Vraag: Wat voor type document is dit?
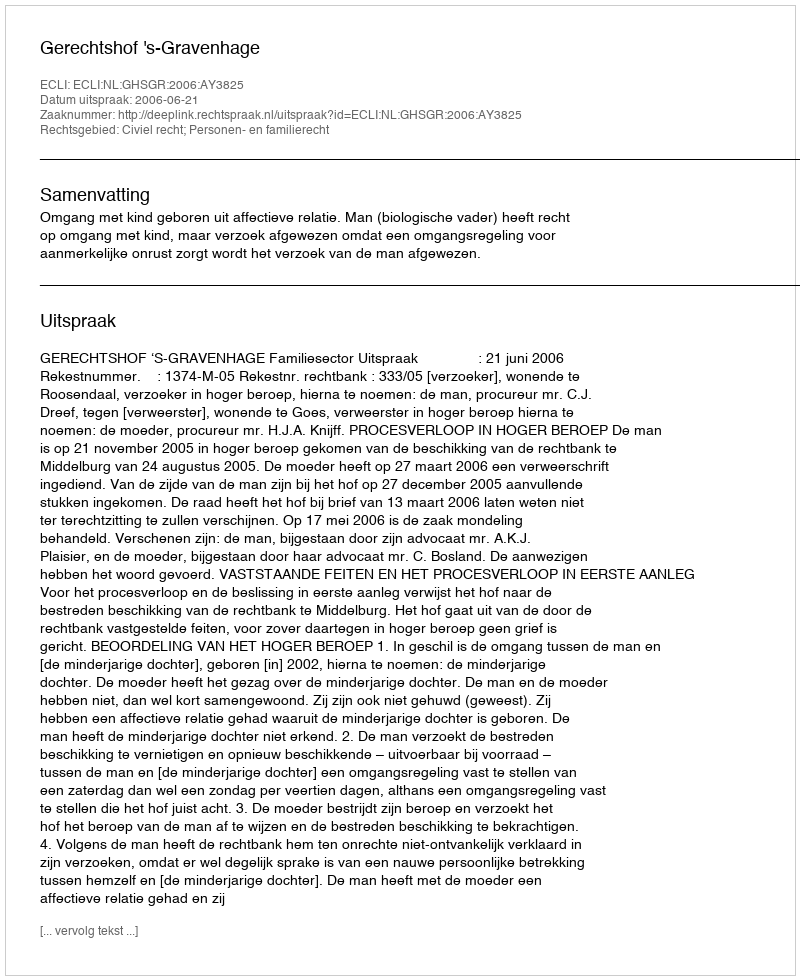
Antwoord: Uitspraak